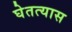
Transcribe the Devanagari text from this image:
घेतत्यास